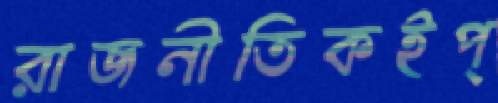
রাজনীতিকইপ্